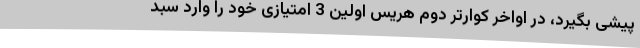
پیشی بگیرد، در اواخر کوارتر دوم هریس اولین 3 امتیازی خود را وارد سبد